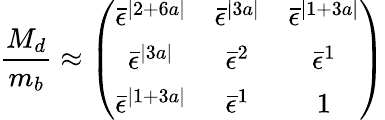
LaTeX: \frac{M_{d}}{m_{b}}\approx\left(\begin{array}{ccc}{{\bar{\epsilon}^{\mid 2+6a\mid}}}&{{\bar{\epsilon}^{\mid 3a\mid}}}&{{\bar{\epsilon}^{\mid 1+3a\mid}}}\\ {{\bar{\epsilon}^{\mid 3a\mid}}}&{{\bar{\epsilon}^{2}}}&{{\bar{\epsilon}^{1}}}\\ {{\bar{\epsilon}^{\mid 1+3a\mid}}}&{{\bar{\epsilon}^{1}}}&{{1}}\end{array}\right)